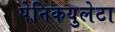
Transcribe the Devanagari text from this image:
पेनिकयुलेटा